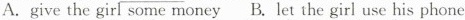
A.give the girl some money B.Let the girl use his phone